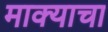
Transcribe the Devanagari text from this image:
माक्याचा